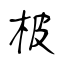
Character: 柀